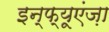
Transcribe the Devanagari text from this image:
इन्फ्यूएंज़ा